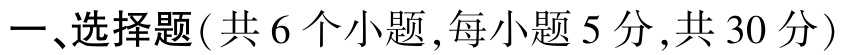
一、选择题(共 6 个小题,每小题 5 分,共 30 分)